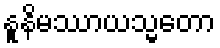
နူနိမဿာယသ္မတော